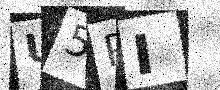
Text: U5RI